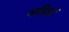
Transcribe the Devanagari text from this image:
नदीओं